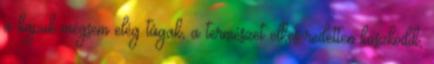
a kapuk mégsem elég tágak, a természet elkeseredetten küszködik,